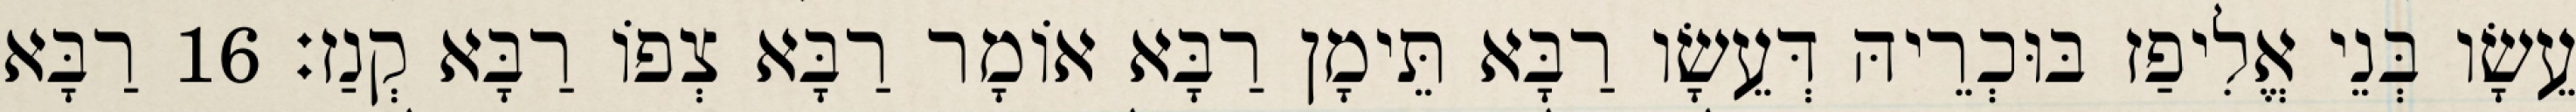
עֵשָׂו בְּנֵי אֱלִיפַז בּוּכְרֵיהּ דְּעֵשָׂו רַבָּא תֵּימָן רַבָּא אוֹמָר רַבָּא צְפוֹ רַבָּא קְנַז׃ 16 רַבָּא